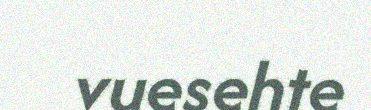
vuesehte